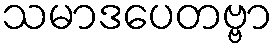
သမာဒပေတဗ္ဗာ